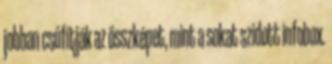
jobban csúfítják az összképet, mint a sokat szidott infobox.